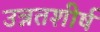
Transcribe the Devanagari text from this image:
उन्नतशीर्ष